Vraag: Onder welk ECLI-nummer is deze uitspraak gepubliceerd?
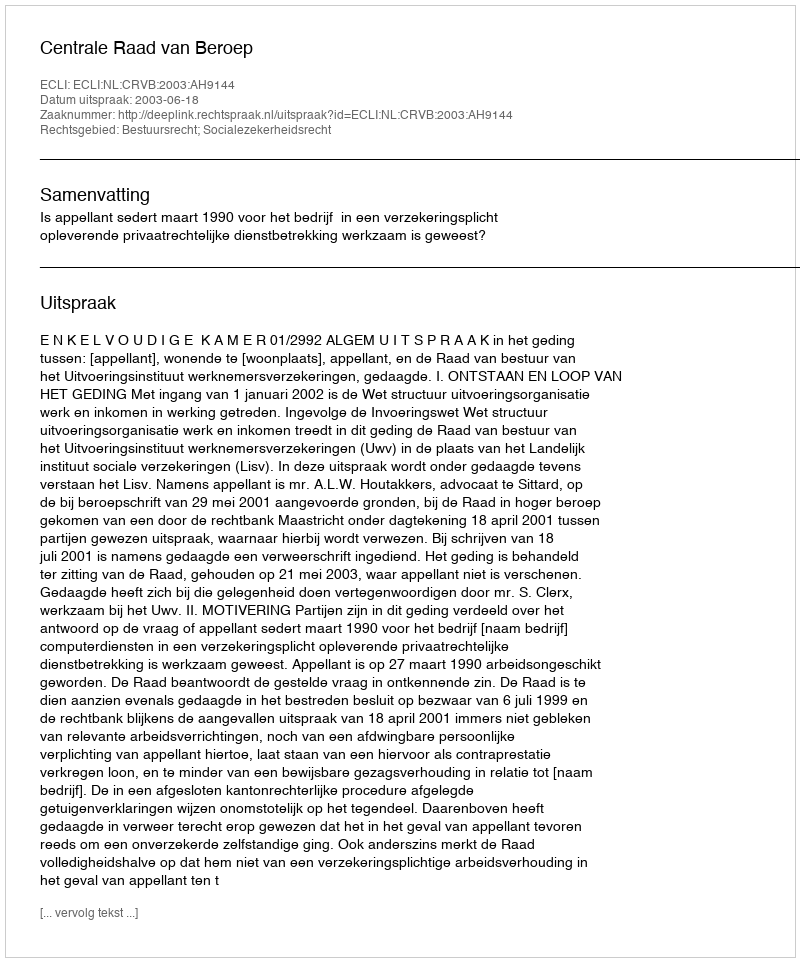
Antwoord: ECLI:NL:CRVB:2003:AH9144